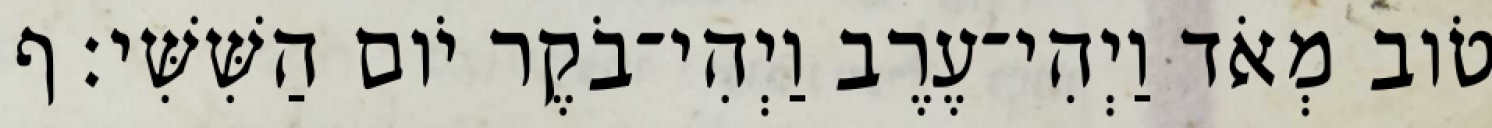
טֹוב מְאֹד וַיְהִי־עֶרֶב וַיְהִי־בֹקֶר יֹום הַשִּׁשִּׁי׃ ף